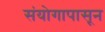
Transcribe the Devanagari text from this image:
संयोगापासून